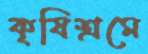
কৃষিশ্রমে